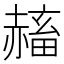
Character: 𧹴